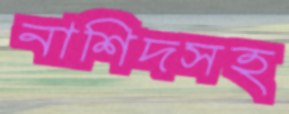
নাশিদসহ